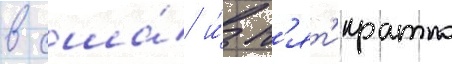
в сша́ и́ п'ят'икратно